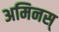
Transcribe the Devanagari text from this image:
अमिनस्